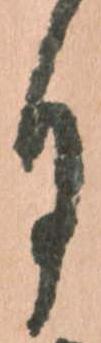
月